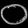
Digit: ၀